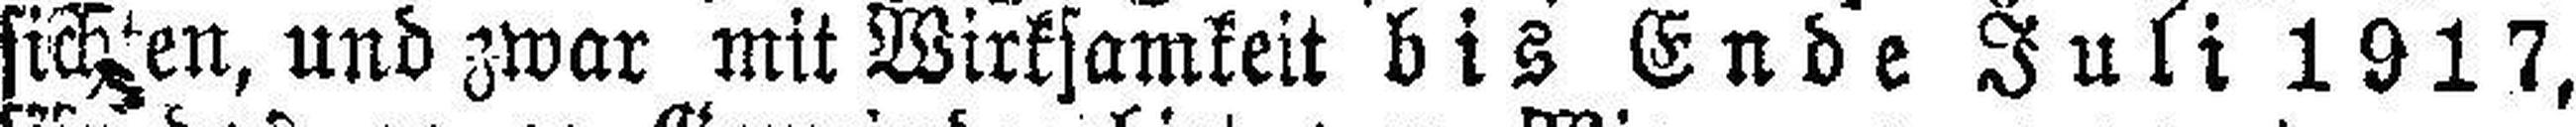
sichten, und zwar mit Wirksamkeit bis Ende Juli 1917,